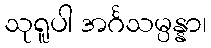
သုရူပါ အင်္ဂသမ္ပန္နာ၊